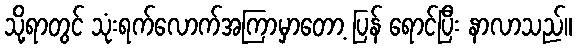
သို့ရာတွင် သုံးရက်လောက်အကြာမှာတော့ ပြန် ရောင်ပြီး နာလာသည်။